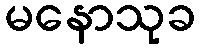
မနောသုခ